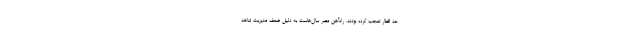
حد قطار تعجب کرده بودند. راه‌آهن مصر سال‌هاست به دلیل ضعف مدیریت شاهد